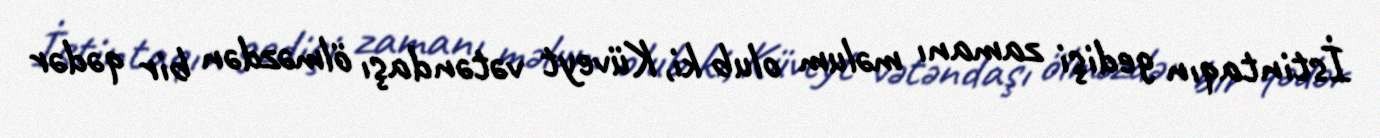
İstintaqın gedişi zamanı məlum olub ki, Küveyt vətəndaşı ölməzdən bir qədər